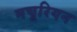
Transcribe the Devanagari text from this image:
मचूरियन